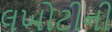
લખોટીની